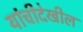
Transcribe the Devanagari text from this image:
यांचीदेखील